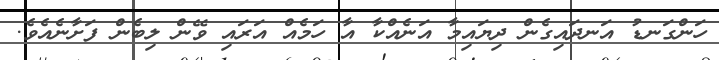
ހަންގަނޑު އަނދައިގެން ދިޔައިމާ އަނެއްކާ އާ ހަމެއް އަރައި ވޭން ލިބެން ފަށާނެއެވެ.